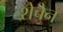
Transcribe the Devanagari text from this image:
शेचेन